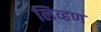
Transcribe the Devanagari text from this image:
लिव्हण